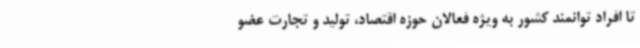
تا افراد توانمند کشور به ویژه فعالان حوزه اقتصاد، تولید و تجارت عضو